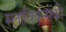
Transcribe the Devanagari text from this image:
स्लावियन्सकी